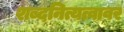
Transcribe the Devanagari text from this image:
शब्दनित्यत्वावर